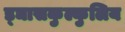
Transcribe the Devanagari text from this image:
ड्ञासकुल्कुलिय